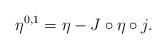
LaTeX: \begin{align*}\eta^{0,1} = \eta - J \circ \eta \circ j.\end{align*}